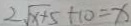
2 \sqrt { x + 5 } + 1 0 = x